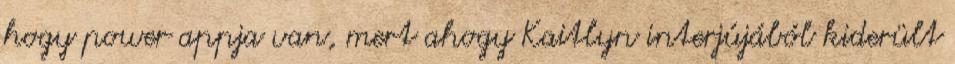
hogy power appja van, mert ahogy Kaitlyn interjújából kiderült